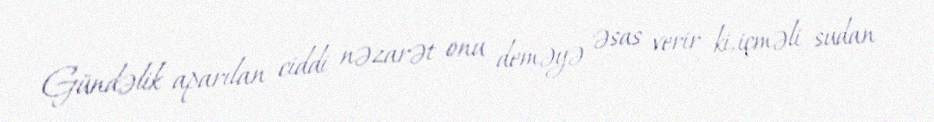
Gündəlik aparılan ciddi nəzarət onu deməyə əsas verir ki, içməli sudan